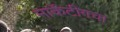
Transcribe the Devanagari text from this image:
मार्केटींगचा